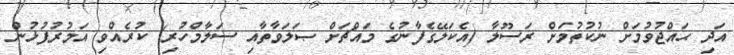
އަދި ޙައްޖުވުމަށް ނުކުތުމަށް ރަސޫލާ (އެކަލޭގެފާނުގެ މައްޗަށް ޞަލަވާތާއި ސަލާމްހުރި) ކުރެއްވި އަމުރުފުޅުން